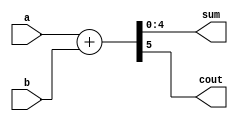
`timescale 1ns / 1ps
//////////////////////////////////////////////////////////////////////////////////
// Company: 
// Engineer: 
// 
// Design Name: 
// Module Name:    adder 
// Project Name: 
// Target Devices: 
// Tool versions: 
// Description: 
//
// Dependencies: 
//
// Revision: 
// Revision 0.01 - File Created
// Additional Comments: 
//
//////////////////////////////////////////////////////////////////////////////////
module adder(
	input [4:0]a,
	input [4:0]b,
	output [4:0]sum,
	output cout
    );
	assign {cout,sum} = a + b;
endmodule